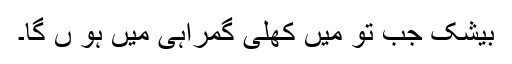
بیشک جب تو میں کھلی گمراہی میں ہو ں گا۔